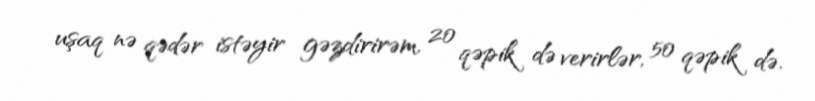
uşaq nə qədər istəyir gəzdirirəm, 20 qəpik də verirlər, 50 qəpik də.